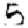
Digit: 5